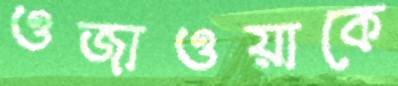
ওজাওয়াকে